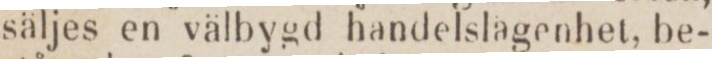
säljes en välbygd handelslägenhet, be-